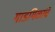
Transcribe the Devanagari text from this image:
गाडगिळांचे